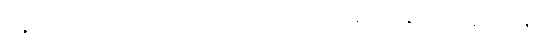
ပန၊ ပါး။ သဒ္ဓါစရိတာဒယော၊ တို့သည်။ ရာဂစရိတာဒီနံ၊ တို့နှင့်။